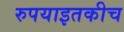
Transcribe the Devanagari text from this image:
रुपयाइतकीच